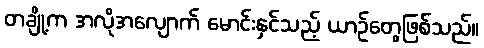
တချို့က အလိုအလျောက် မောင်းနှင်သည့် ယာဉ်တွေဖြစ်သည်။